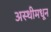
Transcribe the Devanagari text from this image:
अस्थीमधून